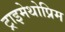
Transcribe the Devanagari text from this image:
ट्राइमेथोप्रिम